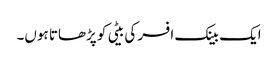
ایک بینک افسر کی بیٹی کو پڑھاتا ہوں۔